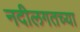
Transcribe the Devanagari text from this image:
नदीलगतच्या